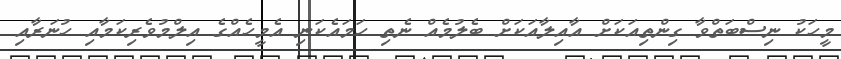
މީހަކު ނިސްބަތްވާ ގިންތިއަކަށް އާއިލާއަކަށް ބެލުމެއް ނެތި ހަމައެކަނި އެމީހެއްގެ އިލްމުވެރިކަމާއި ހުނަރާއި